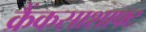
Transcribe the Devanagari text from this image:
क्रैंकसाशाफ्ट